Vital statistics of India. Vol. VI, European troops 1870-79
Year: 1870
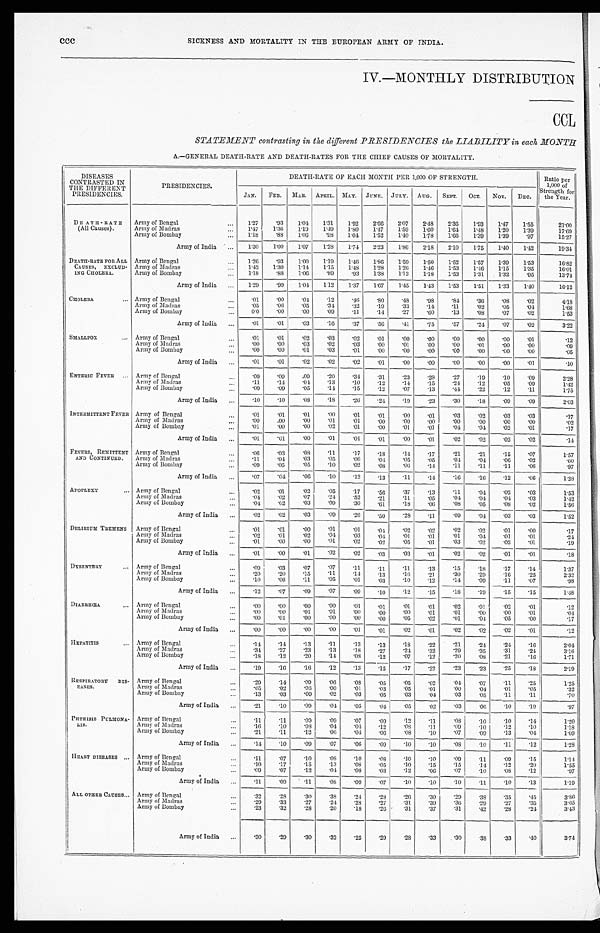
SICKNESS AND MORTALITY IN THE EUROPEAN ARMY OF INDIA.
IV.—MONTHLY DISTRIBUTION
CCL
STATEMENT contrasting in the different PRESIDENCIES the LIABILITY in each MONTH
A.—GENERAL DEATH-RATE AND DEATH-RATES FOR THE CHIEF CAUSES OF MORTALITY.
DISEASES
CONTRASTED IN
THE DIFFERENT
PRESIDENCIES.
PRESI DENCI ES.
DEATH-RATE OF EACH MONTH PER 1,000 OF STRENGTH. Ratio per
1,000 of
Strength for
the Year
.
J A N .
FEB. MAR. APRIL. MAY. JUNE.
JULY.
A U G .
SEPT. OCT. NOV. D E C .
DEATH-RATE
(All Causes).
Army of Bengal
... 1. 27
.93
1 . 0 4
1.31
1.92
2 . 6 6
2.07
2. 48
2.36 1.93
1. 47
1 . 5 5
21.00
Army of Madras
... 1.47
1. 36
1 . 1 9
1. 49
1.80
1 . 4 7
1 . 5 9
1. 60
1.64
1. 48
1. 20
1 . 3 9
1 7 . 6 9
Army of Bombay
... 1.18
.88
1 . 0 6
.98
1.04 1 . 5 2
1.40
1. 78
1.66
1. 39
1. 39
.97
1 5 . 2 7
Army of India ... 1.30
1. 00
1 . 0 7
1. 28
1.74 2 . 2 3
1 . 8 6
2. 18
2.10 1.75
1. 40
1.42
1 9 . 3 4
DEATH-RATE FOR ALL
CAUSES, EXCLUD-
I NG CHOLERA.
Army of Bengal
... 1. 26
.93
1 . 0 0
1. 19
1.46 1 . 8 6
1 . 5 9
1. 50
1.52 1. 57
1. 39
1. 53
1 6 . 8 2
Army of Madras
... 1. 42
1. 30
1. 14
1. 15
1.48 1 . 2 8
1 . 2 6
1. 46
1.53 1. 46
1.15
1. 35
1 6 . 0 1
Army of Bombay
... 1. 18
.88
1 . 0 6
. 89
. 93 1 . 3 8
1 . 1 3
1. 18
1.53
1.31
1. 32
.95
1 3 . 7 4
Army of India ... 1. 29
.99
1 . 0 4
1. 12
1.37
1.67
1.45
1. 43
1.53 1. 51
1.33
1. 40
16.12
CHOLERA
. . . Army of Bengal
...
. 0 1 .00
. 04 .12
. 4 6
. 8 0
.48
.98
. 84 .36
. 08
.02
4 . 1 8
Army of Madras
...
. 0 5 . 06
. 0 5
.34
. 32 .19 .33 .14 .11 .02 .05 .04
1.68
Army of Bombay
...
0 . 0 .00
. 0 0
.09
. 11
.14
.27
.60
. 13
.08
.07
.02
1 . 5 3
Army of India ...
. 0 1 .01
. 0 3
. 16
. 37 .56
.41
.75
. 57 .24
.07
.02
3 . 2 2
SMALLPOX
. . . Army of Bengal
...
. 0 1 .01
. 0 2
.03
. 02
.01
.00
.00
. 00
.00
.00
.01
.12
Army of Madras
...
. 0 0 .00
. 0 3
.02
. 03
.00
.01
.00
. 00
.01
.00
.00
.09
Army of Bombay
...
. 0 0 .00
. 0 1
.03
. 01
.00
.00
.00
. 00
.00
.00
.00
.05
Army of India ...
. 0 1 .01
. 0 2
.02
.02
.01
.00
.00
. 00
.00
.00
.01
.10
ENTERIC FEVER
. . . Army of Bengal
...
. 0 9 .09
. 0 9 .20
. 34 .31
.23
. 28
. 27
.19
.10
. 0 9
2 . 2 8
Army of Madras
...
. 1 1 .14
. 0 4 .13
. 10
.12
.14
.15
. 24 .12
.05
. 0 9
1 . 4 2
Army of Bombay
...
. 0 9 .09
. 0 5
.14
. 15
.12
.07
.13
. 44 .22
.12
. 1 1
1.75
Army of India ...
. 1 0 .10
. 0 8
.18
. 2
6
.24
.19
.23
. 30
. 1 8 .09
. 0 9
2 . 0 3
INTERMITTENT FEVER Army of Bengal
...
. 0 1 .01
. 0 1
.00
. 0 1 .01
.00
.01
. 03
. 0 2 .03
. 0 3
.17
Army of Madras
...
. 0 0 .00
. 0 0
.01
. 0 1 .00
.00
.00
. 00
. 0 0 .00
. 0 0
.02
Army of Bombay
...
.01
.00
. 0 0
.02 .01
.00
.01
.01
. 01
. 0 4 .02
. 0 1
.17
Army of India ...
. 0 1 .01
. 0 0 .01
. 0 1 .01
.00
.01
. 02
. 0 2 .02
. 0 2
.14
FEVERS, REMITTENT
AND CONTINUED.
Army of Bengal
...
. 0 6 .03
. 0 8 .11
. 1 7 .18
.14
.17
. 2 1
. 2 1 .15
. 0 7
1.57
Army of Madras
...
. 1 1 .04
. 0 3
.05
. 0 6 .04
.05
.05
. 0 4
. 0 4 .06
. 0 2
.60
Army of Bombay
...
. 0 9 .05
. 0 5
.10
. 0 2 .08
.06
.14
. 1 1
. 1 1
. 1 1
. 0 6
.97
Army of India ...
. 0 7 .04
. 0 6
.10
. 1 2 .13
.11
.14
. 1 6
. 1 6 .12
. 0 6
1 . 2 8
APOPLEXY
. . . Army of Bengal
. . .
. 0 2
. 0 1
. 0 2
.05
. 1 7 .56
.37
.13
. 1 1
. 0 4 .02
. 0 3
1 . 5 3
Army of Madras
...
. 0 4 .02
. 0 7
.24
. 5 2 .21
.11
.05
. 0 4
. 0 4 .04
. 0 3
1 . 4 2
Ar my of Bomba y
. . .
. 0 4 .02
. 0 3 .09
. 3 0 .61
.18
.06
.08
. 0 5 . 0 8
.02
1.5 6
Army of India
. . .
. 0 2 .02
. 0 3 .09
. 2 6 .50
.28
.11
. 0 9
. 0 4 .03
. 0 3
1 . 5 2
DELIRIUM TREMENS A r m y o f B e n g a l
. . .
. 0 1 .01
. 0 0 .01
. 0 1 .04
.02
.02
. 0 2
. 0 2 .01
. 0 0
.17
Army of Madras
...
. 0 2 .01
. 0 2 .04
. 0 3 .04
.01
.01
.01
. 0 4
. 0 1
.01
. 2 4
Ar my o f Bo mb a y
. . .
. 0 1 .00
. 0 0 .01
. 0 2 .02
.05
.01
. 0 3
. 0 2 .02
. 0 1
.19
Army of India
. . .
. 0 1 .00
. 0 1 .02
. 0 2 .03
.03
.01
. 0 2
. 0 2
. 0 1
. 0 1
.18
DYSENTERY
. . . A r m y o f B e n g a l
. . .
. 0 9 .03
. 0 7 .07
. 1 1 .11
.11
.13
. 1 5
. 1 8 .17
. 1 4
1 . 3 7
Army of Madras
...
.20
.20
. 1 5 .11
. 1 4 .13
.16
.21
. 3 0
. 2 9 .16
. 2 5
2 . 3 2
Ar my o f Bo mb a y
. . .
. 1 0 .06
. 1 1 .05
. 0 1 .03
.10
.12
. 1 4
. 0 9 .11
.07
. 9 8
Army of India ...
.12
.07
. 0 9 .07
. 0 9 .10
.12
.15
. 1 8
. 1 9 .15
. 1 5
1 . 4 8
DIARRHŒA
. . . A r m y o f B e n g a l
. . .
. 0 0 .00
. 0 0 .00
. 0 1 .01
.01
.01
. 0 2
. 0 1 .02
. 0 1
.12
Ar my o f Ma d r a s
. . .
.00
.00
. 0 1 .01
. 0 0 .00
.00
.01
. 0 1
. 0 0
. 0 0
.01
. 0 4
Ar my o f Bo mb a y
. . .
. 0 0 .01
. 0 0 .00
. 0 0 .00
.05
.02
. 0 1
. 0 4 .05
. 0 0
.17
Army of India
. . .
.00
.00
. 0 0 .00
. 0 1 .01
.02
.01
. 0 2
. 0 2 .02
. 0 1
.12
HEPATITIS
. . . A r m y o f B e n g a l
. . .
. 1 4 .14
. 1 3 .11
. 1 3 .13
.18
.22
. 2 1
. 2 4 .24
. 1 6
2.04
Ar my o f Ma d r a s
...
. 3 4 .27
. 2 3 .13
. 1 8 .27
.24 .32
. 2 9
. 3 5 .31
. 2 4
3 . 1 6
Ar my o f Bo mb a y
. . .
.18
.12
. 2 0 .14
. 0 8 .12
.07
.12
. 2 0
. 0 8 .21
. 1 6
1.71
Army of India
. . .
.19
.16
. 1 6 .12
. 1 3 .15
.17
.22
. 2 3
. 2 3 .25 .18
2 . 1 9
RESPIRATORY DIS-
EASES.
Army of Bengal
...
.29
.14
. 0 9 .06
. 0 8 .05
.05
.02
. 0 4
. 0 7 .11
. 2 5
1 . 2 5
Army of Madras
. . .
.05
.02
. 0 6 .00
. 0 1 .03
.05
.01
. 0 0 .04
. 0 1
. 0 5
. 3 2
Ar my o f Bo mb a y
. . .
. 1 3 .03
. 0 9 .02
.03
.05
.03
.04
. 0 3 .05
.11 .11
. 7 0
Army of India
. . .
.21
.10
. 0 9 .04 .05 .04
.05
.02
. 0 3 .06
.10
. 1 9 .97
PHTHISIS PULMONA-
LIS.
Ar my o f Be n g a l
. . .
. 1 1 .11
. 0 9 .09
.07
.09
.12
.11
. 0 8 .10
.10
. 1 4 1.20
Army of Madras
...
.16
.10
. 0 8 .04
.04
.12
. 0 8 .11
. 0 9 .10
.12
. 1 0 1.18
Ar my o f Bo mb a y
. . .
. 2 1 .11
. 1 2 .06
.04
.06
.08
.10
. 0 7 .09
.13
. 0 4 1.09
Army of India
. . . .14
.10
. 0 9 .07
.06
.09
.10
.10
. 0 8 .10
.11
. 1 2 1.28
HEART DISEASES . . . Ar my o f Be n g a l
. . .
.11
.07
. 1 0 .08
.10
. 0 8
.10
.10
. 0 9 .11
.09
. 1 5 1.14
Army of Madras
. . .
.10
.17
. 1 5 .13
. 0 8 .05
.10
.15
. 1 5 .14
. 1 2
. 2 0
1 . 5 5
Army of Bombay
. . .
.09
.07
. 1 2 .04
. 0 8 .03
.12
.06
.07
.10
.08
. 12
.97
Army of India
. . .
.11
.09
. 1 1 .08
.09
.07
.10
.10
.10
.11
.10
. 13
1.19
ALL OTHER CAUSES . . . Ar my o f Be n g a l
. . .
. 3 2 .28
. 3 0 .38
.24
.28
.26 .30
.29
.38
.35
. 4 5 3.86
Ar my o f Ma d r a s
. . .
. 2 9 .33
. 2 7 .24
.28
.27
.31
.39
.36
.29
.27
. 3 5 3.65
Ar my o f Bo mb a y
. . .
.23
.32
. 2 8 .20
.18
.26
.31
.37
.31
.42
.28
. 2 4
3 . 4 3
Army of India ...
.30 .29
. 3 0 .32
.25
.29
.28 .33
. 3 0 .38
.33
. 4 0 3.74
ccc